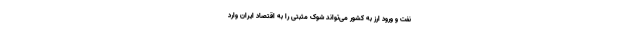
نفت و ورود ارز به کشور می‌تواند شوک مثبتی را به اقتصاد ایران وارد